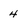
Character: 4